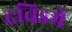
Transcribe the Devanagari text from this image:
द्रविडमे